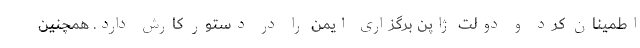
اطمینان کرد و دولت ژاپن برگزاری ایمن را در دستور کارش دارد. همچنین